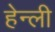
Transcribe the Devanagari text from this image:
हेन्ली